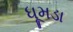
ધૂમડા